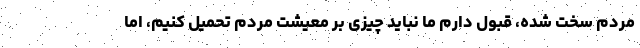
مردم سخت شده، قبول دارم ما نباید چیزی بر معیشت مردم تحمیل کنیم، اما